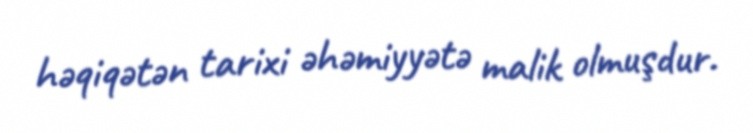
həqiqətən tarixi əhəmiyyətə malik olmuşdur.